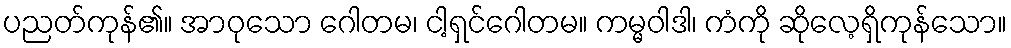
ပညတ်ကုန်၏။ အာဝုသော ဂေါတမ၊ ငါ့ရှင်ဂေါတမ။ ကမ္မဝါဒါ၊ ကံကို ဆိုလေ့ရှိကုန်သော။